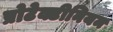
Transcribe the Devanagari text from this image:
प्रोटेक्टीनियम